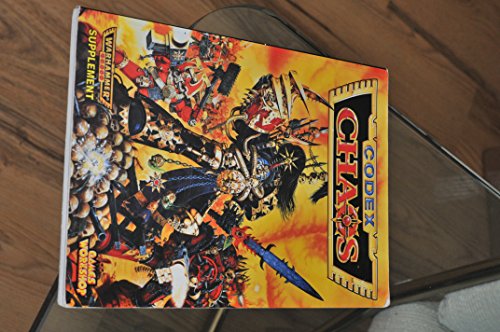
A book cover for Warhammer 40, 000 Codex: Chaos; Andy Chambers; Science Fiction & Fantasy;